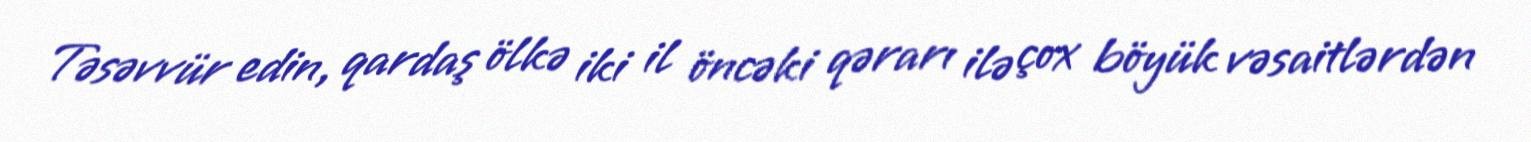
Təsəvvür edin, qardaş ölkə iki il öncəki qərarı ilə çox böyük vəsaitlərdən